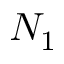
N _ { 1 }